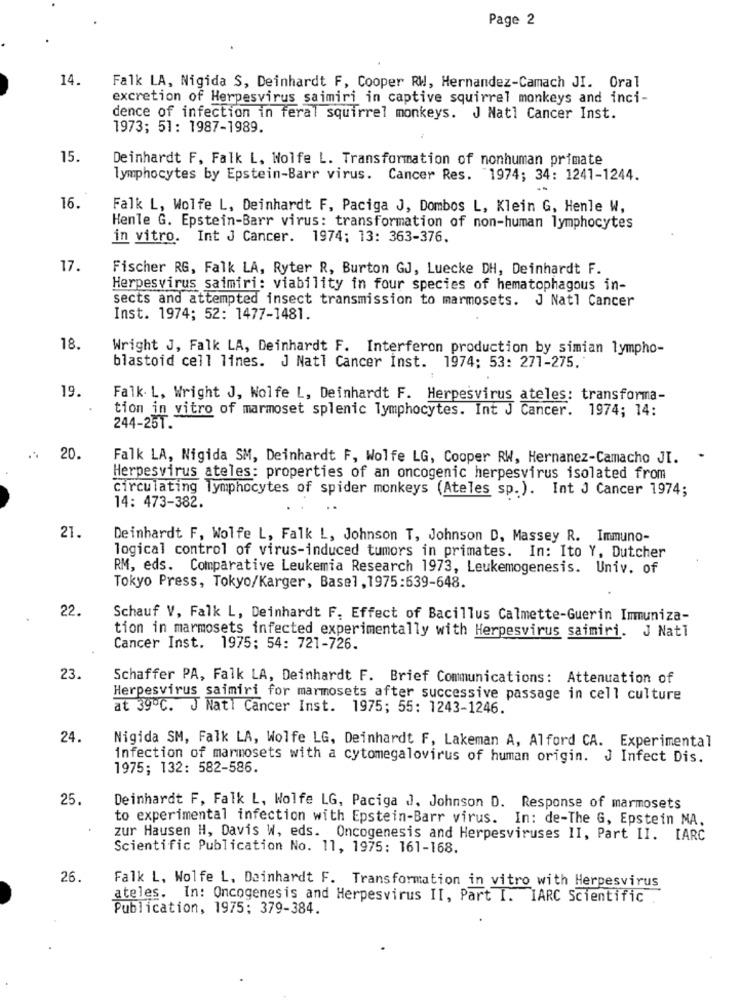
Page 2
14.
Falk LA, Nigida S, Deinhardt F, Cooper RW, Hernandez-Camach JI. Oral
excretion of Herpesvirus saimiri in captive squirrel monkeys and inci-
dence of infection in feral squirrel monkeys. J Natl Cancer Inst.
1973; 51: 1987-1989.
15.
Deinhardt F, Falk L. Wolfe L. Transformation of nonhuman primate
lymphocytes by Epstein-Barr virus. Cancer Res. "1974; 34: 1241-1244.
16.
Falk L, Wolfe L, Deinhardt F, Paciga J, Dombos L, Klein G, Henle W,
Henle G. Epstein-Barr virus: transformation of non-human lymphocytes
in vitro. Int J Cancer. 1974; 13: 363-376.
17.
Fischer RG, Falk LA, Ryter R, Burton GJ, Luecke DH, Deinhardt F.
Herpesvirus saimiri: viability in four species of hematophagous in-
sects and attempted insect transmission to marmosets. J Natl Cancer
Inst. 1974; 52: 1477-1481.
18
Wright J, Falk LA, Deinhardt F. Interferon production by simian lympho-
blastoid cell lines. J Natl Cancer Inst. 1974; 53: 271-275.
19.
Falk. L, Wright J, Wolfe L, Deinhardt F. Herpesvirus ateles: transforma-
tion in vitro of marmoset splenic lymphocytes. Int J Cancer. 1974; 14:
244-251.
20
Falk LA, Nigida SM, Deinhardt F, Wolfe LG, Cooper RW, Hernanez-Camacho JI.
.
Herpesvirus ateles: properties of an oncogenic herpesvirus isolated from
circulating lymphocytes of spider monkeys (Ateles sp.). Int J Cancer 1974;
14: 473-382.
21.
Deinhardt F, Wolfe L, Falk L, Johnson T, Johnson D, Massey R. Immuno-
logical control of virus-induced tumors in primates. In: Ito Y, Dutcher
RM, eds. Comparative Leukemia Research 1973, Leukemogenesis. Univ. of
Tokyo Press, Tokyo/Karger, Basel , 1975:639-648.
22.
Schauf V, Falk L, Deinhardt F. Effect of Bacillus Calmette-Guerin Immuniza-
tion in marmosets infected experimentally with Herpesvirus saimiri. J Natl
Cancer Inst. 1975: 54: 721-726.
23.
Schaffer PA, Falk LA, Deinhardt F. Brief Communications: Attenuation of
Herpesvirus saimiri for marmosets after successive passage in cell culture
at 39º℃. J Nati Cancer Inst. 1975; 55: 1243-1246.
24
Nigida SM, Falk LA, Wolfe LG, Deinhardt F, Lakeman A, Alford CA. Experimental
infection of marmosets with a cytomegalovirus of human origin. J Infect Dis.
1975; 132: 582-586.
25.
Deinhardt F, Falk L, Wolfe LG, Paciga J. Johnson D. Response of marmosets
to experimental infection with Epstein-Barr virus. In: de-The G, Epstein MA.
zur Hausen H, Davis W, eds. Oncogenesis and Herpesviruses II, Part II. IARC
Scientific Publication No. 11, 1975: 161-168.
26
Falk L, Wolfe L. Dainhardt F. Transformation in vitro with Herpesvirus
ateles. In: Oncogenesis and Herpesvirus II, Part I. IARC Scientific
Publication, 1975: 379-384.